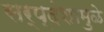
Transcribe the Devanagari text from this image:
सर्प्दंशामुळे